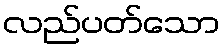
လည်ပတ်သော